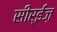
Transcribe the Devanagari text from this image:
सीर्‍ईज़